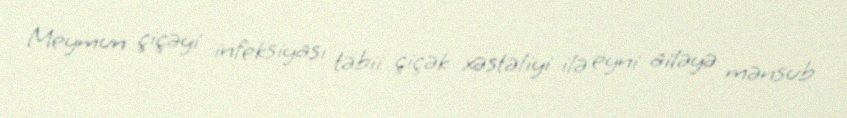
Meymun çiçəyi infeksiyası təbii çiçək xəstəliyi ilə eyni ailəyə mənsub